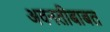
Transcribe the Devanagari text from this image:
अवनतीबाबत